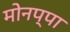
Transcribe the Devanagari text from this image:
मोनप्पा